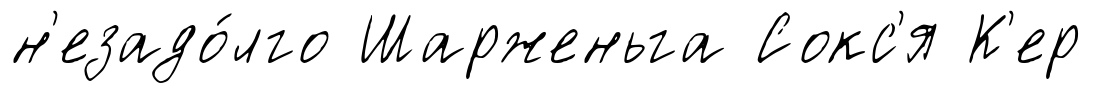
н'езадо́лго Шарженьга Сокс'я К'ер